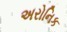
અરોનિક